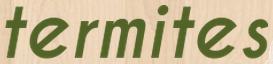
termites